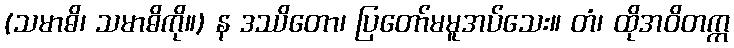
(သမာဓိ၊ သမာဓိကို။) န ဒဿိတော၊ ပြတော်မမူအပ်သေး။ တံ၊ ထိုအဝိတက္က